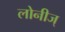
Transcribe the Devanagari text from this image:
लोनीज्